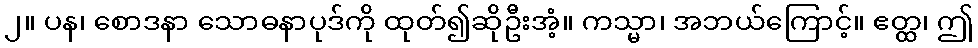
၂။ ပန၊ စောဒနာ သောဓနာပုဒ်ကို ထုတ်၍ဆိုဦးအံ့။ ကသ္မာ၊ အဘယ်ကြောင့်။ ဧတ္ထ၊ ဤ